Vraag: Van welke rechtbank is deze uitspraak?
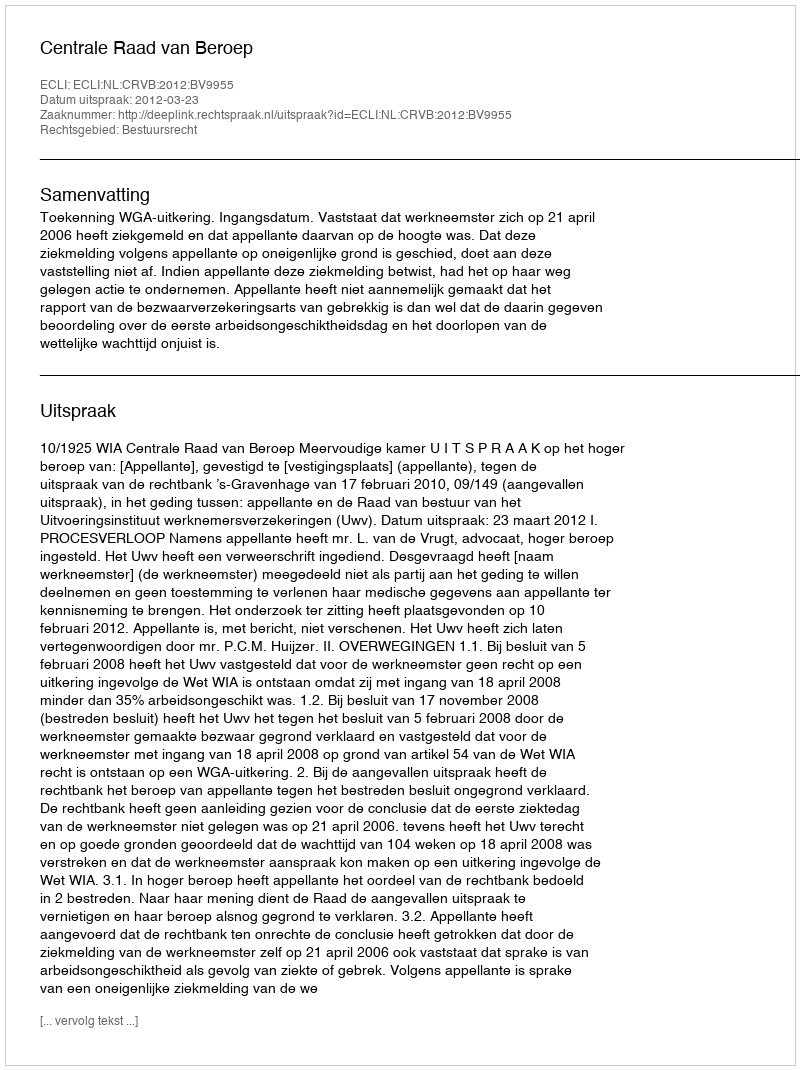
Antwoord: Centrale Raad van Beroep